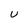
Character: U